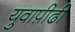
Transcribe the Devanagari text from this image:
युवाप़ीढी